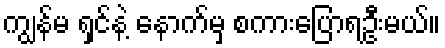
ကျွန်မ ရှင်နဲ့ နောက်မှ စကားပြောရဦးမယ်။